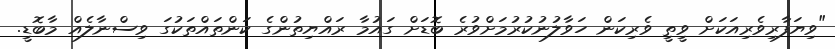
"ވިޔަފާރިވެރިއަކަށް ވީތީ ވެރިކަން ހަވާލުނުކުރުމަށްވުރެ ބޮޑަށް ގައުމާ ރައްޔިތުންގެ ކަންތައްތަކުގަ ވިސްނާލެއް މާބޮޑީ.